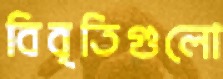
বিবৃতিগুলো